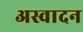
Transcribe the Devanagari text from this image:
अस्वादन